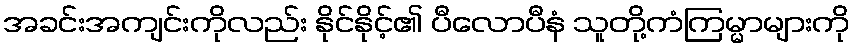
အခင်းအကျင်းကိုလည်း နိုင်နိုင့်၏ ပီလောပီနံ သူတို့ကံကြမ္မာများကို